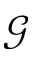
\mathcal { G }